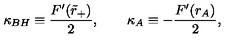
\kappa _ { B H } \equiv \frac { F ^ { \prime } ( \tilde { r } _ { + } ) } { 2 } , \qquad \kappa _ { A } \equiv - \frac { F ^ { \prime } ( r _ { A } ) } { 2 } ,